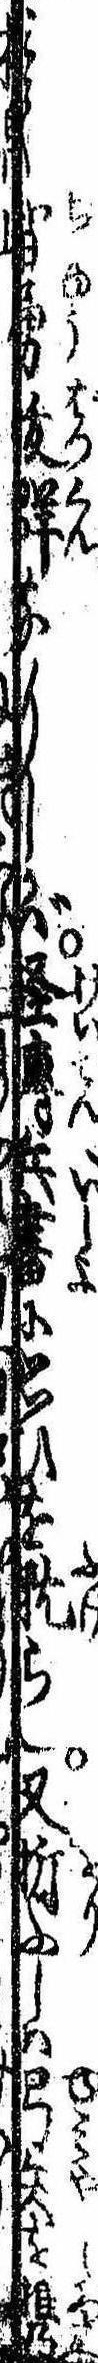
みて智勇抜群なりしかば経伝兵書に思ひを耽らし又折ふしは弓矢を携